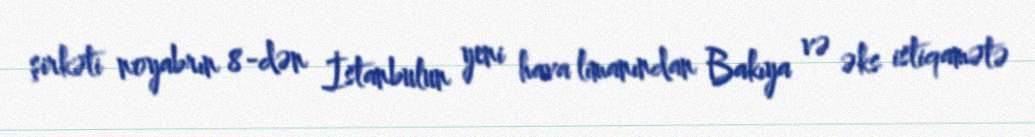
şirkəti noyabrın 8-dən İstanbulun yeni hava limanından Bakıya və əks istiqamətə